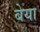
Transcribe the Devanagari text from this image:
बेया